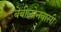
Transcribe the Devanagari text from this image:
बेबीलोनवासी